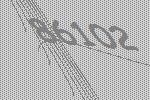
86102